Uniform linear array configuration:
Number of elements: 64
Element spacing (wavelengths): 0.5
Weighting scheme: kaiser
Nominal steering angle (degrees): -60
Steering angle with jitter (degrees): -60.693
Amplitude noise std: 0.05
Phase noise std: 0.05

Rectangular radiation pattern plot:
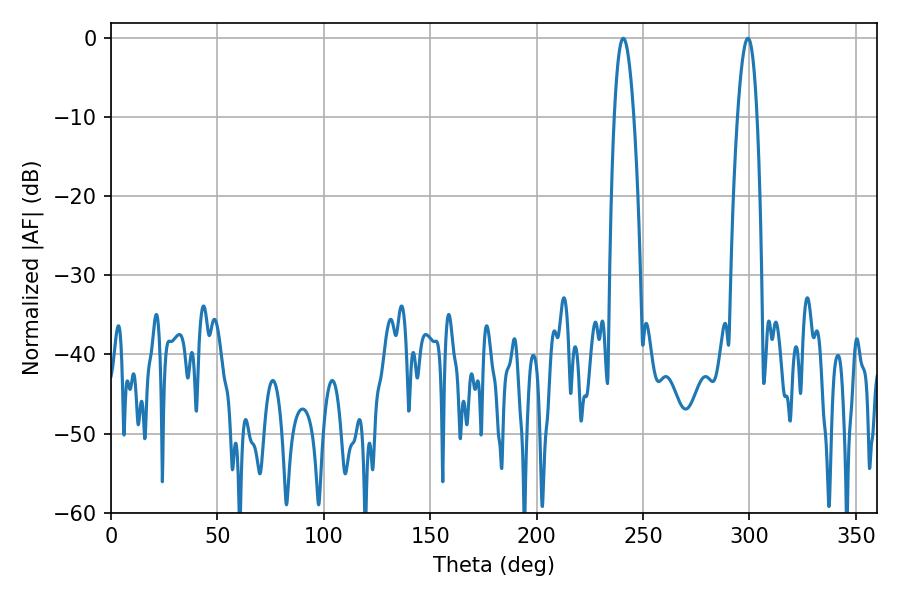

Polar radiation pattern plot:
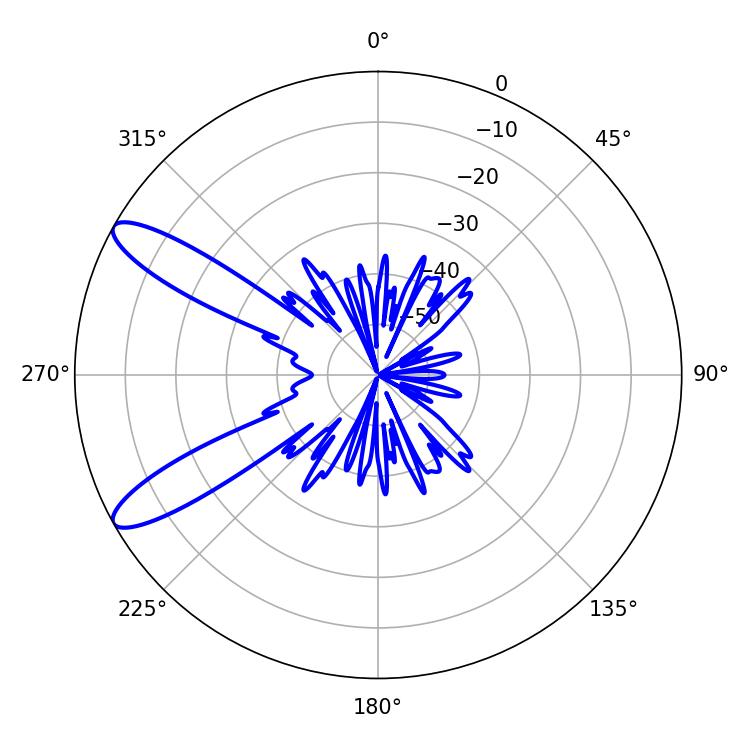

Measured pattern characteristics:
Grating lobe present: FALSE
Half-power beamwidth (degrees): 5.04
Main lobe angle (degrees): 240.66